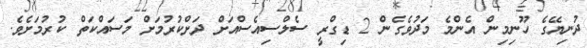
ދުނިޔޭގެ ހޫނިމިން އެންމެ މަދުވެގެން 2 ޑިގްރީ ސެލްސިއެސްއަށް ދަށްކުރުމަށް މަސައްކަތް ކުރުމަށެވެ.